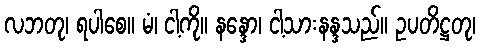
လဘတု၊ ရပါစေ။ မံ၊ ငါ့ကို။ နန္ဒော၊ ငါ့သားနန္ဒသည်။ ဥပတိဋ္ဌတု၊